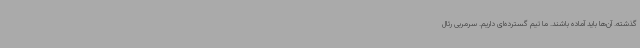
گذشته. آن‌ها باید آماده باشند. ما تیم گسترده‌ای داریم. سرمربی رئال